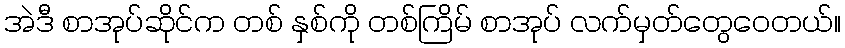
အဲဒီ စာအုပ်ဆိုင်က တစ် နှစ်ကို တစ်ကြိမ် စာအုပ် လက်မှတ်တွေဝေတယ်။